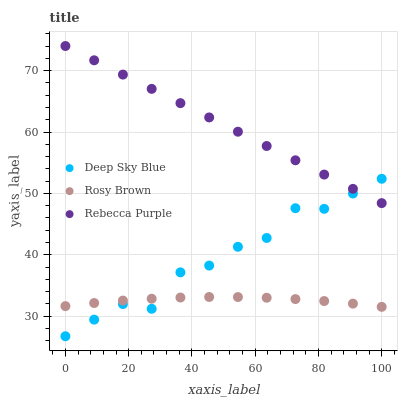
| xaxis_label | Deep Sky Blue | Rosy Brown | Rebecca Purple |
 | --- | --- | --- | --- |
 | 0 | 26.7 | 31.7 | 74 |
 | 9.09 | 29.5 | 32.2 | 71.7 |
 | 18.2 | 32 | 32.6 | 69.3 |
 | 27.3 | 31.2 | 32.9 | 67 |
 | 36.4 | 37.1 | 33 | 64.7 |
 | 45.5 | 38.3 | 33.1 | 62.4 |
 | 54.5 | 41.3 | 33.1 | 60 |
 | 63.6 | 42.7 | 33 | 57.7 |
 | 72.7 | 47.6 | 32.8 | 55.4 |
 | 81.8 | 47.5 | 32.5 | 53.1 |
 | 90.9 | 50 | 32.1 | 50.7 |
 | 100 | 52.4 | 31.5 | 48.4 |